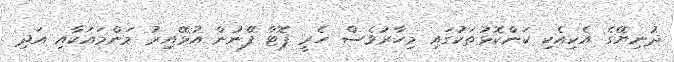
ދުނިޔޭގެ އެކިއެކި ކަންކޮޅުތަކުގައި މިހާރުވެސް ހެރީ ޕޮޓާ ފޭނުން އުޅޭއިރު މަންމައަކާއި އަދި